Epidemic dropsy in Calcutta - Number 49
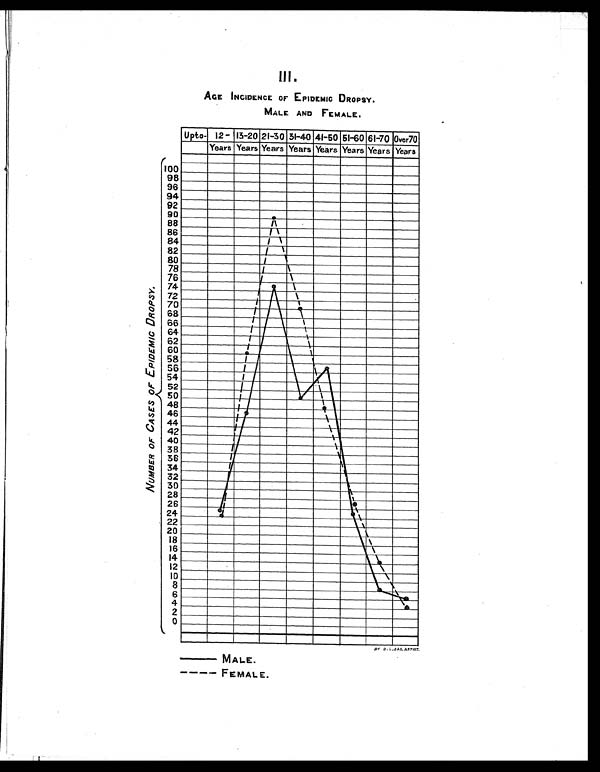
IlI.
AGE INCIDENCE OF EPIDEMIC DROPSY.
MALE AND FEMALE.
— MALE.
- - - - F E M A L E .
N U M B E R O F C A S E S O F E P I D E M I C D R O P S Y .